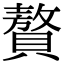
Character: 贅